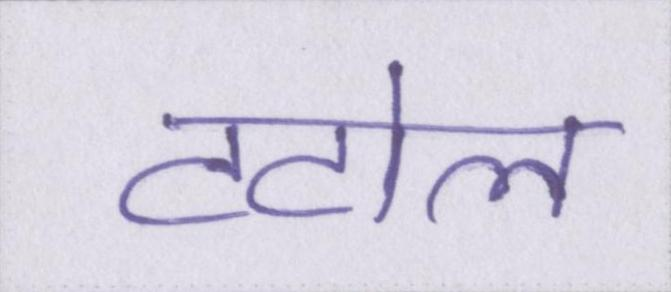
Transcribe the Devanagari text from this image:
टटोल